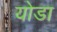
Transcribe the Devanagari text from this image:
योडा